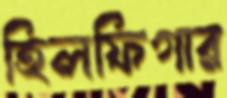
হিলফিগার